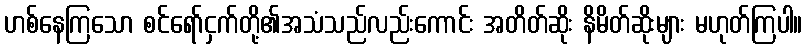
ဟစ်နေကြသော စင်ရော်ငှက်တို့၏အသံသည်လည်းကောင်း အတိတ်ဆိုး နိမိတ်ဆိုးများ မဟုတ်ကြပါ။